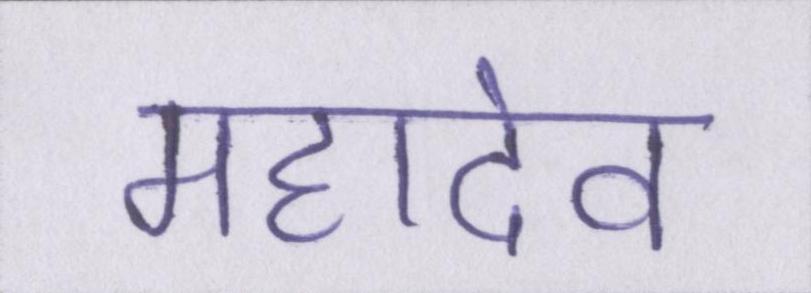
महादेव